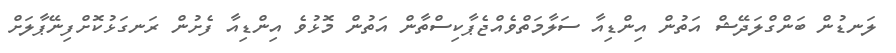
ލަނޑުން ބަންގްލަދޭޝް އަތުން އިންޑިއާ ސަލާމަތްވެއްޖެޕާކިސްތާން އަތުން މޮޅުވެ އިންޑިއާ ފެށުން ރަނގަޅުކޮށްފިނޭޕާލަށް